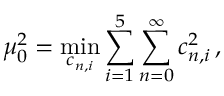
\mu _ { 0 } ^ { 2 } = \operatorname * { m i n } _ { c _ { n , i } } \sum _ { i = 1 } ^ { 5 } \sum _ { n = 0 } ^ { \infty } c _ { n , i } ^ { 2 } \, ,